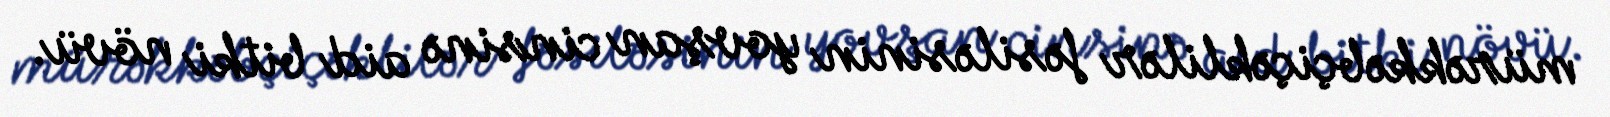
mürəkkəbçiçəklilər fəsiləsinin yovşan cinsinə aid bitki növü.